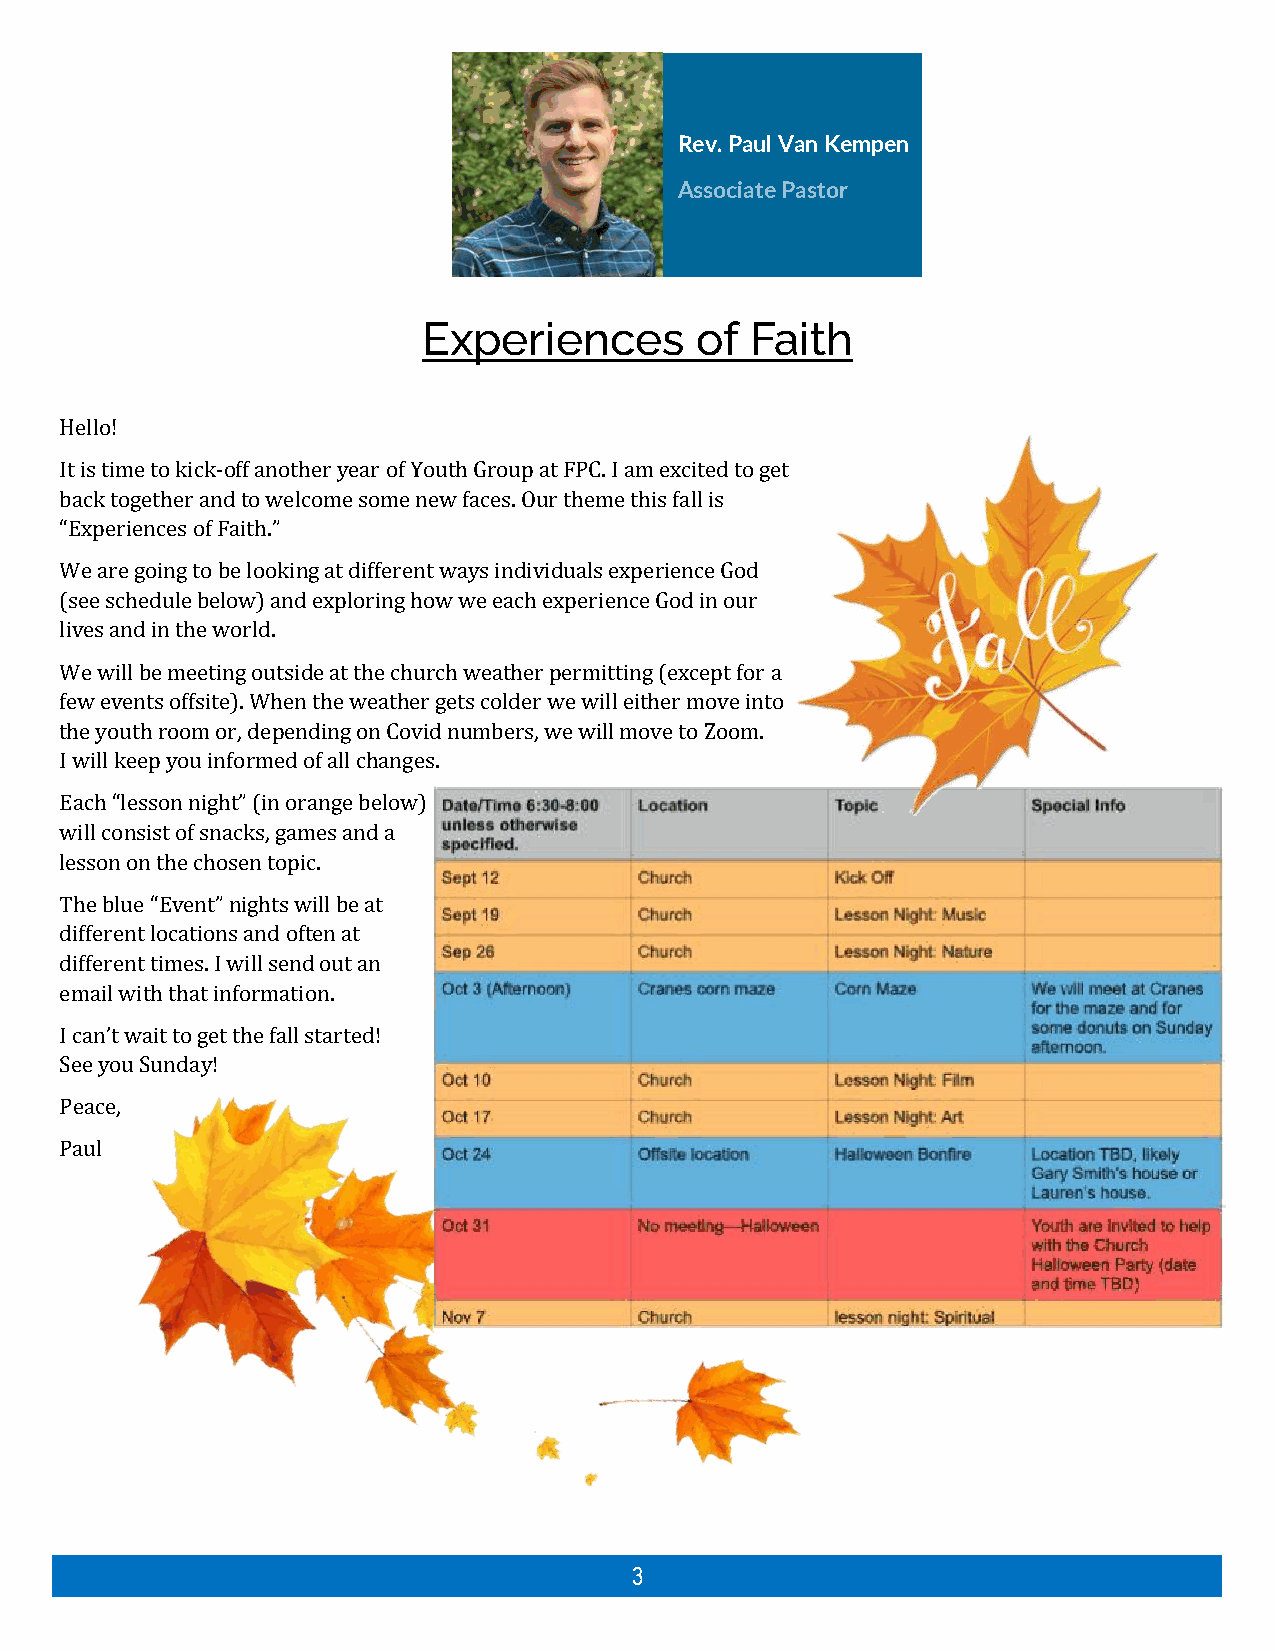
Rev. Paul Van Kempen
 Associate Pastor
 Experiences       of  Faith
 Hello!
 It is time to kick-off another year of Youth Group at FPC. I am excited to get
 back together and to welcome some new faces. Our theme this fall is
 “Experiences of Faith.”
 We are going to be looking at different ways individuals experience God
 (see schedule below) and exploring how we each experience God in our
 lives and in the world.
 We will be meeting outside at the church weather permitting (except for a
 few events offsite). When the weather gets colder we will either move into
 the youth room or, depending on Covid numbers, we will move to Zoom.
 I will keep you informed of all changes.
 Each “lesson night” (in orange below)
 will consist of snacks, games and a
 lesson on the chosen topic.
 The blue “Event” nights will be at
 different locations and often at
 different times. I will send out an
 email with that information.
 I can’t wait to get the fall started!
 See you Sunday!
 Peace,
 Paul
 3